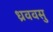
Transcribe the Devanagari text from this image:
ध्रववसु